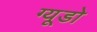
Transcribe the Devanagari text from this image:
ग्यूडो